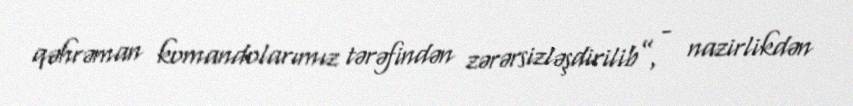
qəhrəman komandolarımız tərəfindən zərərsizləşdirilib”, - nazirlikdən